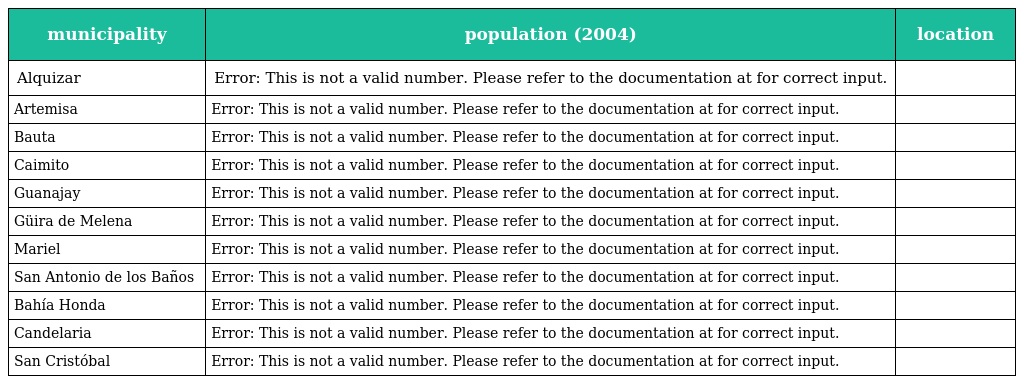
| municipality | population (2004) | location |
 | --- | --- | --- |
 | Alquizar | Error: This is not a valid number. Please refer to the documentation at for correct input. |  |
 | Artemisa | Error: This is not a valid number. Please refer to the documentation at for correct input. |  |
 | Bauta | Error: This is not a valid number. Please refer to the documentation at for correct input. |  |
 | Caimito | Error: This is not a valid number. Please refer to the documentation at for correct input. |  |
 | Guanajay | Error: This is not a valid number. Please refer to the documentation at for correct input. |  |
 | Güira de Melena | Error: This is not a valid number. Please refer to the documentation at for correct input. |  |
 | Mariel | Error: This is not a valid number. Please refer to the documentation at for correct input. |  |
 | San Antonio de los Baños | Error: This is not a valid number. Please refer to the documentation at for correct input. |  |
 | Bahía Honda | Error: This is not a valid number. Please refer to the documentation at for correct input. |  |
 | Candelaria | Error: This is not a valid number. Please refer to the documentation at for correct input. |  |
 | San Cristóbal | Error: This is not a valid number. Please refer to the documentation at for correct input. |  |